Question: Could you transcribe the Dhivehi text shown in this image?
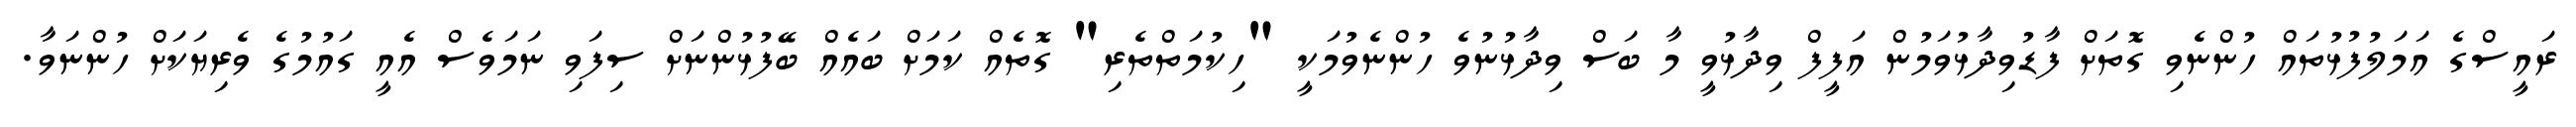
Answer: ރައީސްގެ އަމަލުފުޅުތައް ހުންނެވި ގޮތަށް ފާޑުވިދާޅުވަމުން އަފީފް ވިދާޅުވީ މާ ބަސް ވިދާޅުނުވެ ހުންނެވުމަކީ "ހިކުމަތްތެރި" ގޮތެއް ކަމަށް ބައެއް ބޭފުޅުންނަށް ސިފަވި ނަމަވެސް އެއީ ގައުމުގެ ވެރިޔަކަށް ހުންނަވާ.